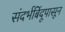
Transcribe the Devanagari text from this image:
संदर्भबिंदूपासून